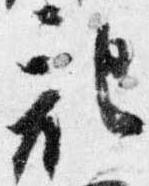
記